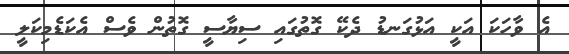
އެ ވާހަކަ އަކީ އަޅުގަނޑު ދެކޭ ގޮތުގައި ސިޔާސީ ގޮތުން ވެސް އެކަޑެމިކަލީ